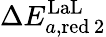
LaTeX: \Delta E_{a,\mathrm{red}\, 2}^{\mathrm{LaL}}